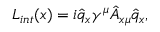
L _ { i n t } ( x ) = i \hat { q } _ { x } \gamma ^ { \mu } \hat { A } _ { x \mu } \hat { q } _ { x } ,